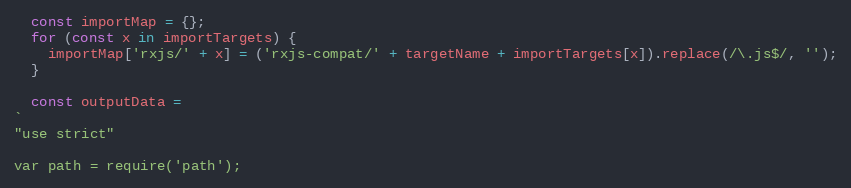
Language: JavaScript
  const importMap = {};
  for (const x in importTargets) {
    importMap['rxjs/' + x] = ('rxjs-compat/' + targetName + importTargets[x]).replace(/\.js$/, '');
  }

  const outputData =
`
"use strict"

var path = require('path');